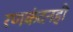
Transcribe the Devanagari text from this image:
रणकंदनही